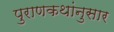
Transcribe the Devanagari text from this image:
पुराणकथांनुसार